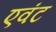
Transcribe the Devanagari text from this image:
एवंट